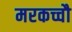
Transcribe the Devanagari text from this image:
मरकच्चौ